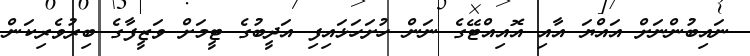
ނައިބުންނަށް އައްޔަ އާއި އޮއިއްޓޭގެ ނަން ހުށަހަޅައިފި އަދީބުގެ ޓީމަށް ވަޒީފާގެ ބިރުވެރިކަން